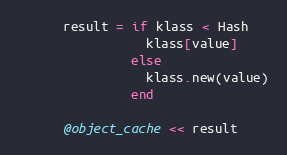
Language: Ruby
      result = if klass < Hash
                 klass[value]
               else
                 klass.new(value)
               end

      @object_cache << result